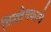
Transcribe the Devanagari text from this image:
विश्लेषकाचे